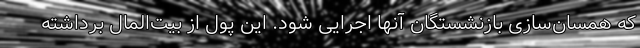
که همسان‌سازی بازنشستگان آنها اجرایی شود. این پول از بیت‌المال برداشته